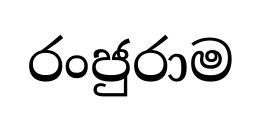
රංජුරාම